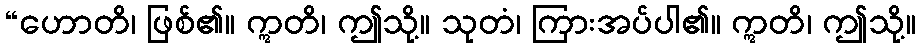
“ဟောတိ၊ ဖြစ်၏။ ဣတိ၊ ဤသို့။ သုတံ၊ ကြားအပ်ပါ၏။ ဣတိ၊ ဤသို့။